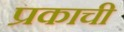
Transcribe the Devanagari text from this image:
प्रकाची